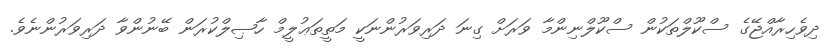
ދިވެހިރާއްޖޭގެ ސްކޫލްތަކުން ސްކޫލްނިންމާ ވަރަށް ގިނަ ދަރިވަރުންނަކީ މަތީތަޢުލީމް ހާޞިލްކުރަން ބޭނުންވާ ދަރިވަރުންނެވެ.